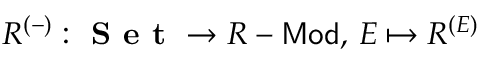
R ^ { ( - ) } : { \textbf { S e t } } \to R - { \mathsf { M o d } } , \, E \mapsto R ^ { ( E ) }